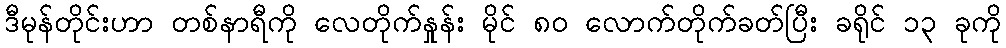
ဒီမုန်တိုင်းဟာ တစ်နာရီကို လေတိုက်နှုန်း မိုင် ၈၀ လောက်တိုက်ခတ်ပြီး ခရိုင် ၁၃ ခုကို